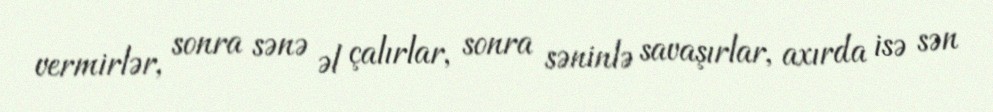
vermirlər, sonra sənə əl çalırlar, sonra səninlə savaşırlar, axırda isə sən